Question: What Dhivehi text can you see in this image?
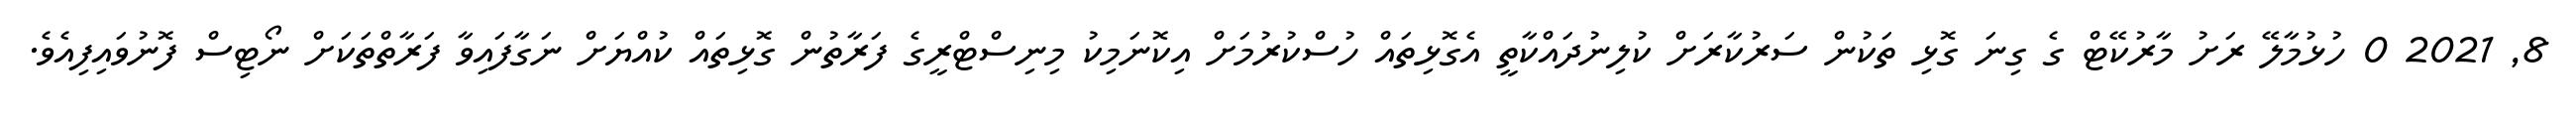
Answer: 8, 2021 0 ހުޅުމާލޭ ރަށު މާރުކޭޓް ގެ ގިނަ ގޮޅި ތަކުން ސަރުކާރަށް ކުލިނުދައްކާތީ އެގޮޅިތައް ހުސްކުރުމަށް އިކޮނަމިކު މިނިސްޓްރީގެ ފަރާތުން ގޮޅިތައް ކުއްޔަށް ނަގާފައިވާ ފަރާތްތަކަށް ނޯޓިސް ފޮނުވައިފިއެވެ.